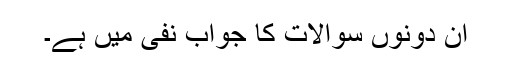
ان دونوں سوالات کا جواب نفی میں ہے۔